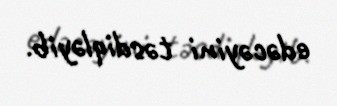
edəcəyini təsdiqləyib.